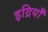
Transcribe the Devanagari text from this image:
इद्रियाँ